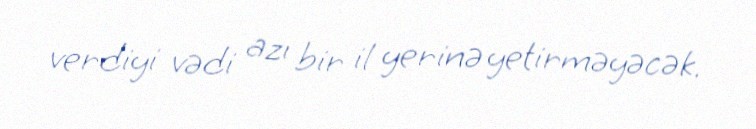
verdiyi vədi azı bir il yerinə yetirməyəcək.